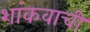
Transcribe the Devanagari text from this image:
शांकवाची